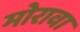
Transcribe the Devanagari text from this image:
मोरावा